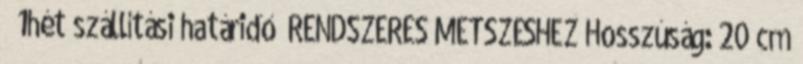
1hét szállítási határidő RENDSZERES METSZÉSHEZ Hosszúság: 20 cm